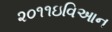
૨૦૧૧ઇવિઆન